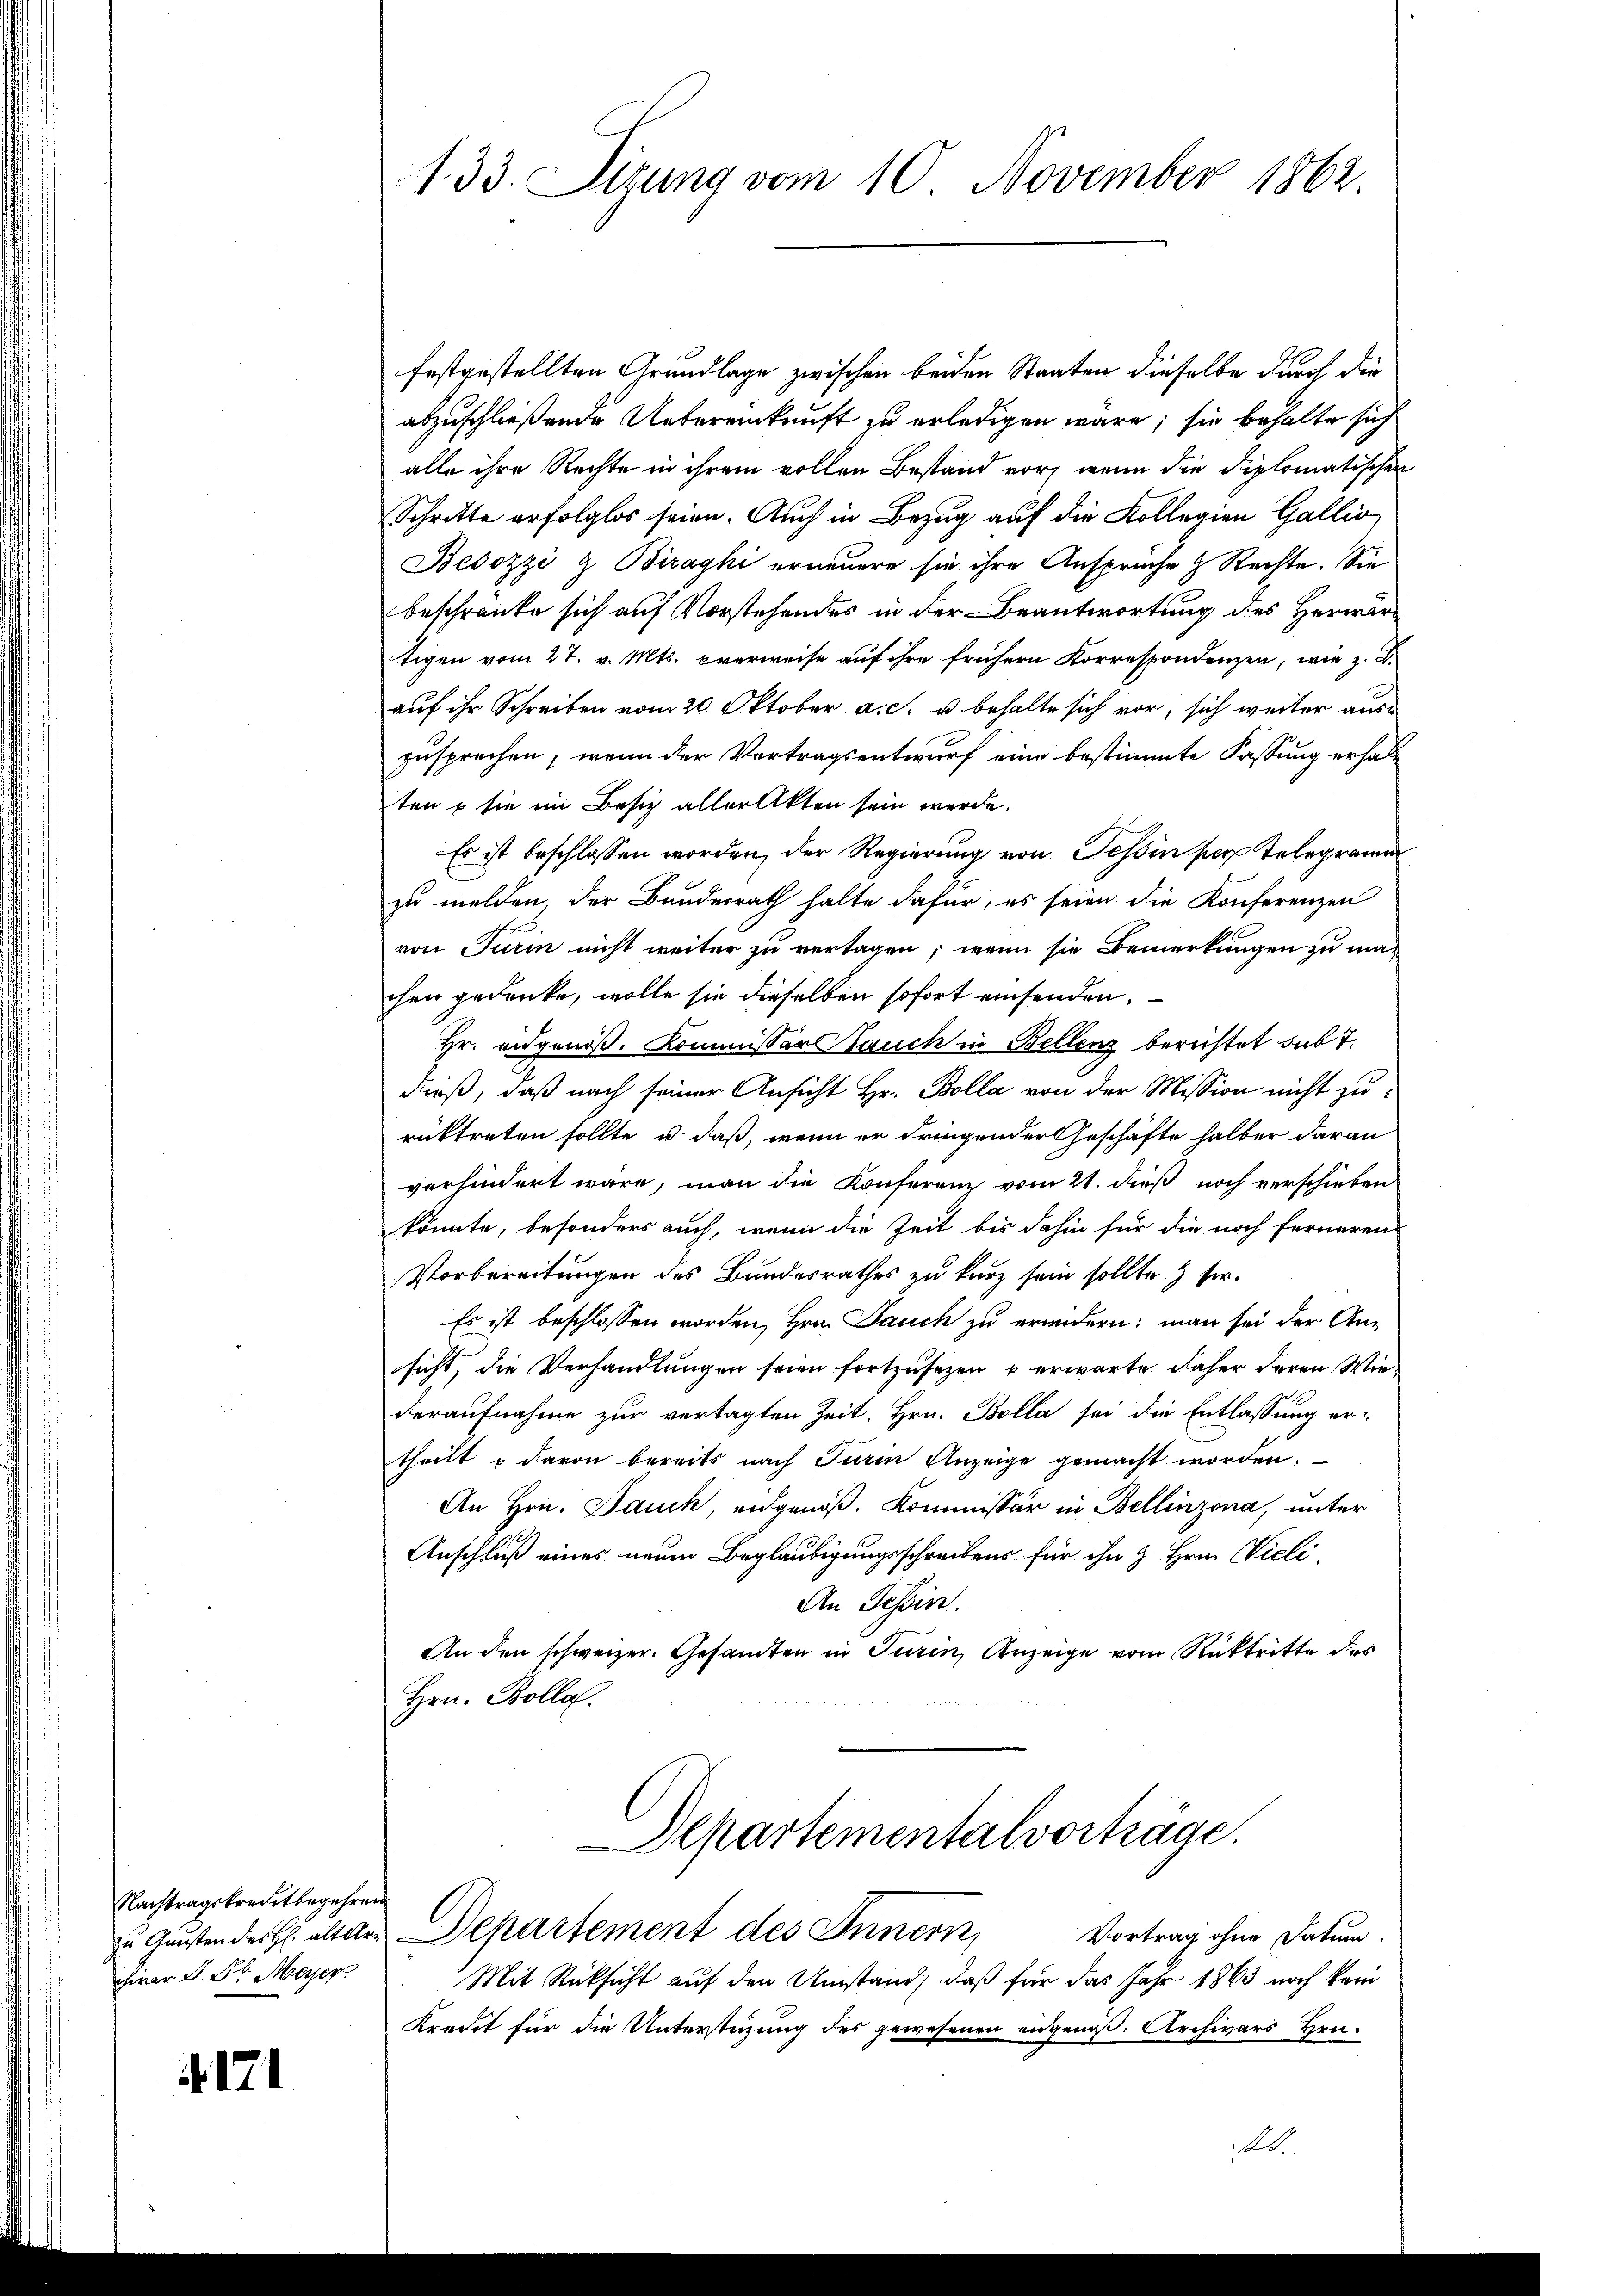
Nachtragskreditbegehren
war d. Dr. Meyer

171

1. 33. Sizung vom 10. November 1862.

festgestellten Grundlage zwischen beiden Staaten dieselbe durch die
abzuschließende Uebereinkunft zu erledigen wäre; sie behalte sich
alle ihre Rechte in ihrem vollen Bestand vor, wenn die Diplomatischen
Schritte erfolglos seien. Auch in Bezug auf die Kollegien Gallis
Bedozzi & Bizaghi erneuere sie ihre Ansprüche & Rechte. Sie
beschränke sich auf Vorstehendes in der Beantwortung des Herwartigen vom 27. v. Mts. everweise auf ihre frühern Korrespondenzen, wie z. B.
auf ihr Schreiben vom 20. Oktober a. c. u behalte sich vor, sich weiter aus
zusprechen, wenn der Vortragsentwurf eine bestimmte Fassung erhalten – sie im Besitz aller Akten sein werde.
Es ist beschlossen worden, der Regierung von Tessin per Telegramm
zu melden, der Bunderrath halte dafür, es seien die Konferenzen
von Turin nicht weiter zu vertagen, wenn sie Bemerkungen zu machen gedenke, wolle sie dieselben sofort einsenden.
Hr. eidgenöß. Kommissar Sauch in Bellenz berichtet sub 7.
dieß, daß nach seiner Ansicht Hr. Bolla von der Mission nicht zurücktreten sollte, u. daß, wenn er dringender Geschäfte halber daran
verhindert wäre, man die Konferenz vom 21. dieß noch verschieben
könnte, besonders auch, wenn die Zeit bis dahin für die noch ferneren
Vorbereitungen des Bundesrathes zu kurz sein sollte & sr.
Es ist beschlossen worden, Hrn. Jauch zu erindern; man sei der Ansicht, die Verhandlungen seien fortzusetzen u erwarte daher deren Wiederaufnahme zur vertagten Zeit. Hrn. Bolla sei die Entlassung ertheilt u davon bereits nach Turin Anzeige gemacht worden.
An Hrn. Pauck, eidgenöß. Kommissär in Bellinzona, unter
Anschluß eines neuen Beglaubigungsschreibens für ihn z. Hrn. Vieli
An Tessin.
An den schweizer. Gesamten in Turin, Anzeige vom Rücktritte das
Hrn. Bolle.
Departementalvorträge.
zu Gunsten der H. alteten Departement des Innern
Vortrag ohne Datum.
Mit Rücksicht auf den Umstand, daß für das Jahr 1863 noch kein
Kredit für die Unterstüzung des gewesenen angenoß. Archivars Hrn.
l.